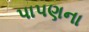
પાપણના